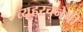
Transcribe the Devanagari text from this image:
व्यूहरचनेची